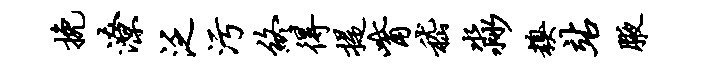
挽潦泛污终得提觜嵇淼糗站腋